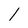
Character: 1